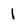
Character: 1